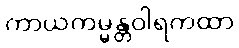
ကာယကမ္မန္တဝါရကထာ